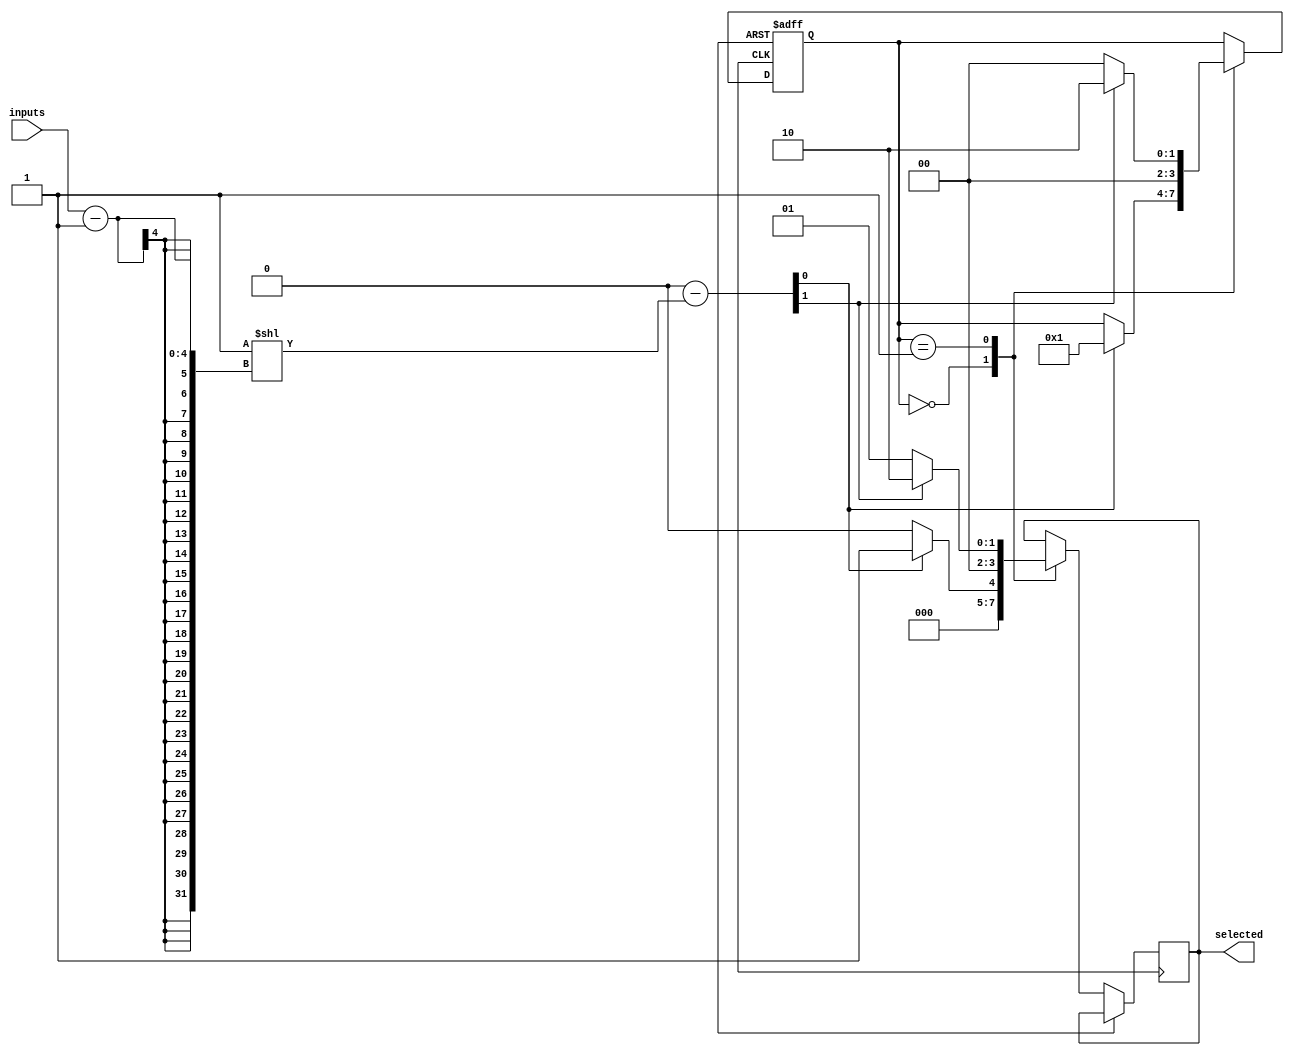
module priority_arbiter(
    input wire [N-1:0] inputs,
    output reg [N-1:0] selected
);

parameter N = 4; // Number of input signals

reg [N-1:0] priority_levels;
reg [N-1:0] state;

// Priority Encoder
always @(*) begin
    priority_levels = {inputs, N'b0} - (1 << (inputs - 1));
end

// State Machine
always @(posedge clk or posedge rst) begin
    if (rst) begin
        state <= 0;
    end else begin
        case(state)
            0: if(priority_levels[0]) begin
                    selected <= 1;
                    state <= 1;
               end
               else begin
                    selected <= 0;
               end
            1: if(priority_levels[1]) begin
                    selected <= 2;
                    state <= 2;
               end
               else begin
                    selected <= 1;
                    state <= 0;
               end
            // Add more cases for additional input signals
        endcase
    end
end

endmodule